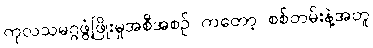
ကုလသမဂ္ဂဖွံ့ဖြိုးမှုအစီအစဉ် ကတော့ စစ်တမ်းနဲ့အတူ